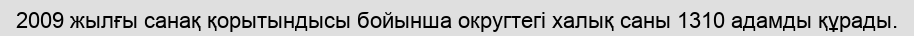
2009 жылғы санақ қорытындысы бойынша округтегі халық саны 1310 адамды құрады.